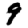
Digit: 9